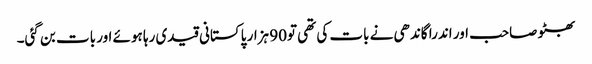
بھٹو صاحب اور اندرا گاندھی نے بات کی تھی تو90 ہزار پاکستانی قیدی رہا ہوئے اور بات بن گئی۔